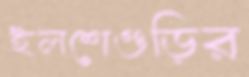
ইলশেগুড়ির